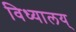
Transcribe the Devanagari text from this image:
विध्यालय्